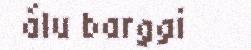
álu barggi